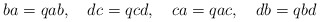
\begin{align*}ba=qab,\quad dc=qcd,\quad ca=qac,\quad db=qbd\end{align*}